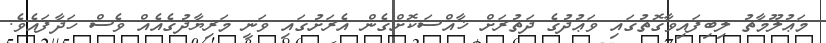
މަޢުލޫމާތު ލިބިފައިވާގޮތުގައި ވަޢުދުގެ ދަތުރަށް ޚާއްސަކޮށްގެން އެރަށުގައި ވަނީ މަރިޔާދުގެއެއް ވެސް ހަދާފައެވެ.